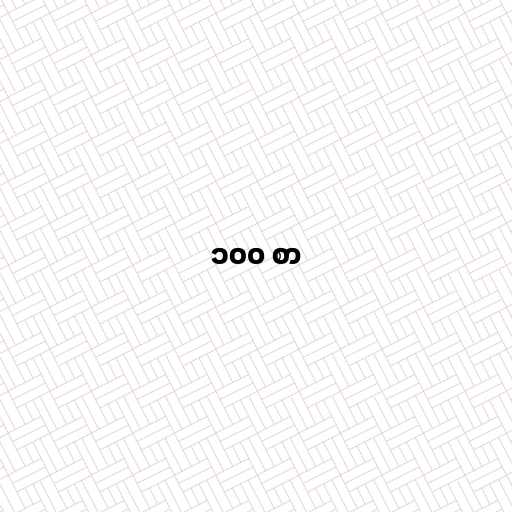
၁၀၀ စာ